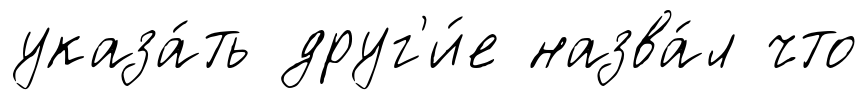
указа́ть друг'и́е назва́л что